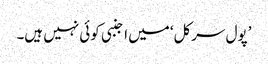
’پول سرکل‘ میں اجنبی کوئی نہیں ہیں۔